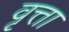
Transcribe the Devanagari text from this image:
वृत्ता